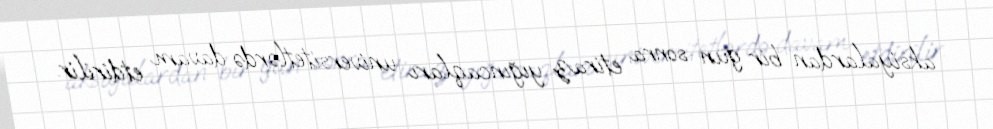
aksiyalardan bir gün sonra etiraz yığıncaqları universitetlərdə davam etdirilir.